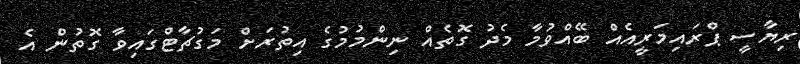
ރިޔާސީ ޕްރައިމަރީއެއް ބޭއްވުމާ މެދު ގޮތެއް ނިންމުމުގެ އިތުރަށް މަގުޗާޓްގައިވާ ގޮތުން އެ